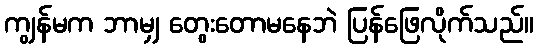
ကျွန်မက ဘာမျှ တွေးတောမနေဘဲ ပြန်ဖြေလိုက်သည်။